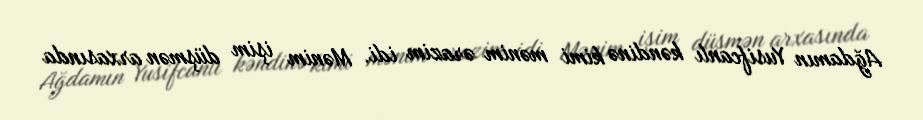
Ağdamın Yusifcanlı kəndinə kimi mənim ərazim idi. Mənim işim düşmən arxasında